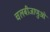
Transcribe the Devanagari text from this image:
चलबीजाणुओं